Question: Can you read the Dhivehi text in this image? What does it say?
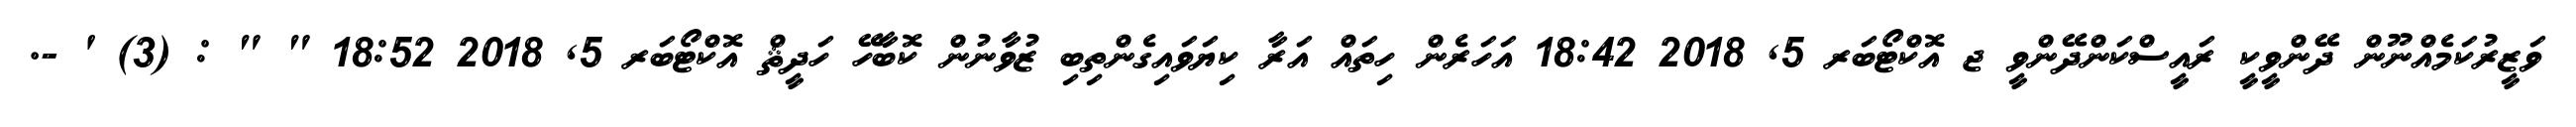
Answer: ވަޒީރުކަމެއްނޫން ދޭންވީކީ ރައީސްކަންދޭންވީ ޖ އޮކްޓޯބަރ 5, 2018 18:42 އަހަރެން ހިތައް އަރާ ކިޔަވައިގެންތިބި ޒުވާނުން ކޮބާހޭ ހަދީޘް އޮކްޓޯބަރ 5, 2018 18:52 " " : (3) ' -.